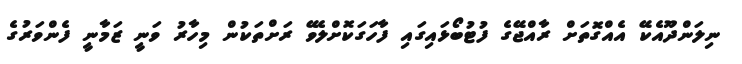
ނިލަންދޫއެކޭ އެއްގޮތަށް ރާއްޖޭގެ ފުޓުބޯޅައިގައި ފާހަގަކޮށްލެވޭ ރަށްތަކުން މިހާރު ވަނީ ޒަމާނީ ފެންވަރުގެ